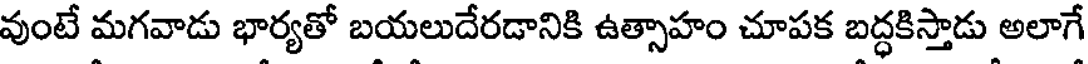
వుంటే మగవాడు భార్యతో బయలుదేరడానికి ఉత్సాహం చూపక బద్ధకిస్తాడు అలాగే